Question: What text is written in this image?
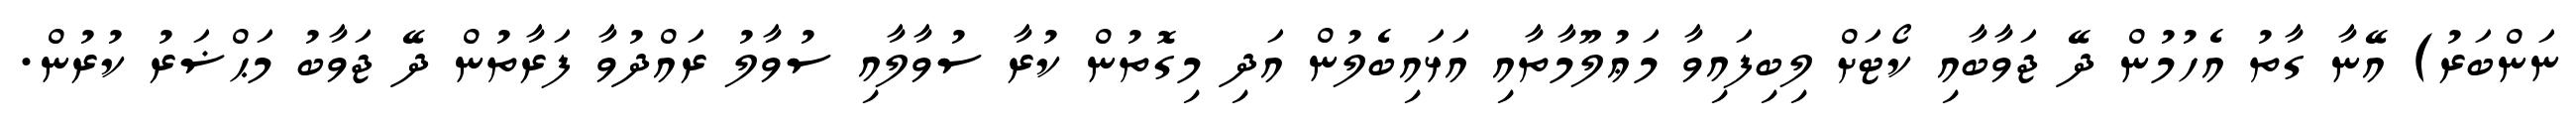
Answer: ނަންބަރު) އޭނާ ގާތު އެހުމުން ދޭ ޖަވާބާއި ކޯޓަށް ލިބިފައިވާ މަޢުލޫމާތާއި އަޅައިބެލުން އަދި މިގޮތުން ކުރާ ސުވާލާއި ސުވާލު ރައްދުވާ ފަރާތުން ދޭ ޖަވާބު މަޙްޟަރު ކުރުން.